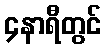
၄နာရီတွင်